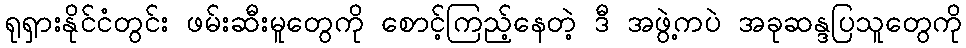
ရုရှားနိုင်ငံတွင်း ဖမ်းဆီးမူတွေကို စောင့်ကြည့်နေတဲ့ ဒီ အဖွဲ့ကပဲ အခုဆန္ဒပြသူတွေကို